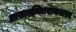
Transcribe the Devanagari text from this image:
शाखालम्बितवल्कलस्य